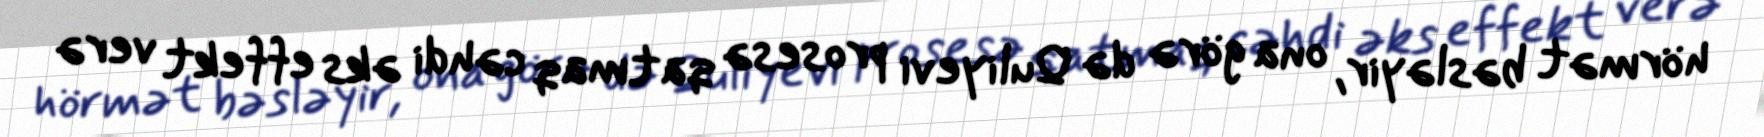
hörmət bəsləyir, ona görə də Quliyevi prosesə qatmaq cəhdi əks effekt verə